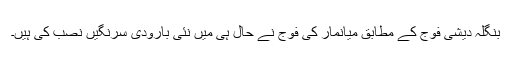
بنگلہ دیشی فوج کے مطابق میانمار کی فوج نے حال ہی میں نئی بارودی سرنگیں نصب کی ہیں۔